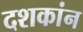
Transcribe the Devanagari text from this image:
दशकांन